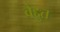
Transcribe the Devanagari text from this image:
वैद्दुत